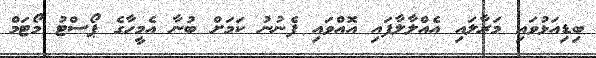
ބިޑިއަޅުވައި މަރާލައި އެއްލާލާފައި އޮއްވައި ފެނުނު ކަމަށް ބުނާ އެމީހާގެ ޕޯސްޓު މޯޓަމް